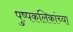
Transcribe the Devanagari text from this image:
पुष्पकलिकांच्या